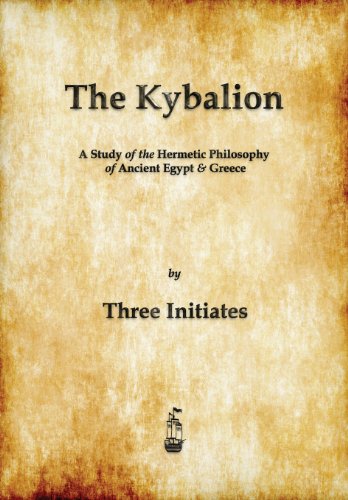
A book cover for The Kybalion: A Study of The Hermetic Philosophy of Ancient Egypt and Greece; Three Initiates; Religion & Spirituality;